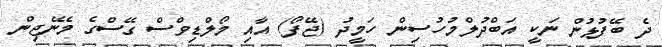
ދެ ބޭފުޅުން ނަކީ އަބްދުލްމުހުސިން ހަމީދު (ޖޭފޯ) އާއި މޯލްޑިވްސް ގޭސްގެ މެނޭޖިން